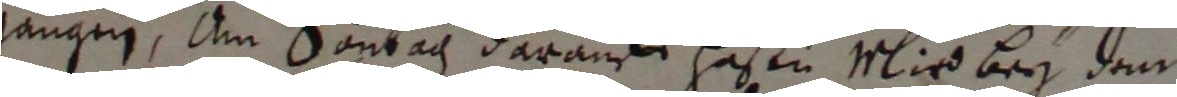
gangen, am sontag darauff hasu Mird bey dem